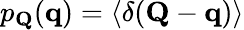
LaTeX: p_{\mathbf{Q}}(\mathbf{q})=\langle\delta(\mathbf{Q}-\mathbf{q})\rangle